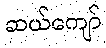
ဆယ်ကျော်